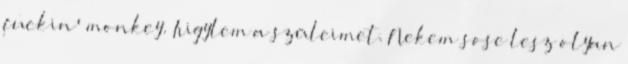
fuckin' monkey. Irigylem a szüleimet. Nekem sose lesz olyan